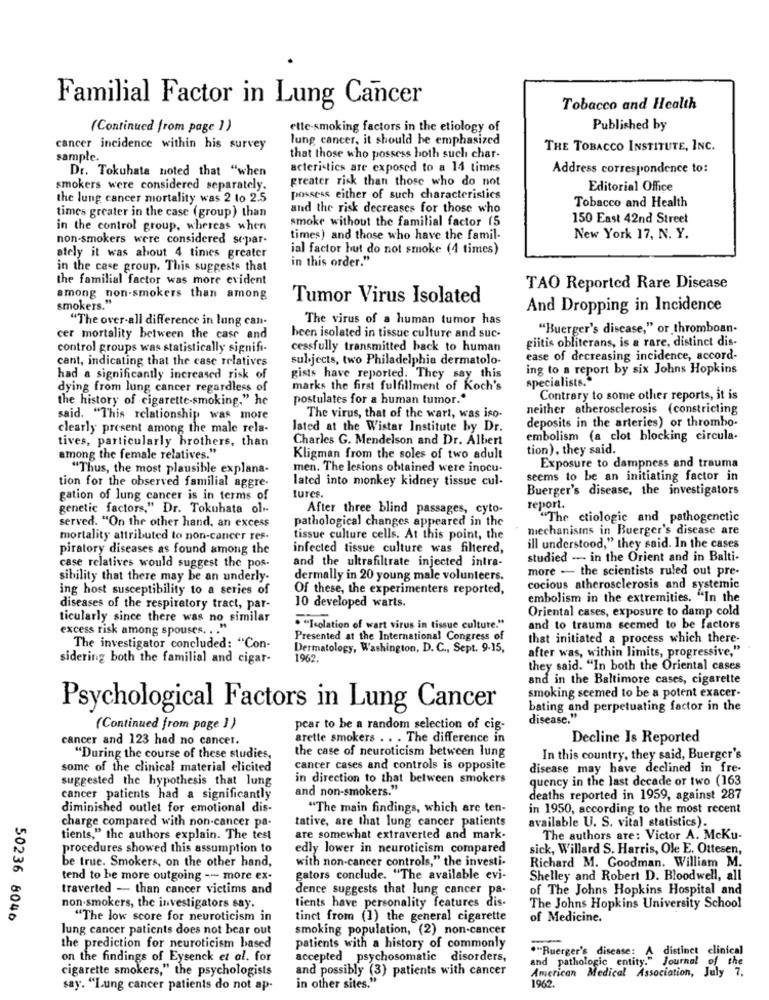
Familial Factor in Lung Cancer
Tobacco and Health
(Continued from page ] )
ette-smoking factors in the etiology of
Published by
lung cancer, it should be emphasized
cancer incidence within his survey
THE TOBACCO INSTITUTE, INC.
sample.
that those who possess both such char-
Dr. Tokuhata noted that "when
acteristics are exposed to a 14 times
Address correspondence to:
greater risk than those who do not
smokers were considered separately.
Editorial Office
the lung cancer mortality was 2 to 2.5
possess either of such characteristics
times greater in the case (group) than
and the risk decreases for those who
Tobacco and Health
smoke without the familial factor (5
150 East 42nd Street
in the control group, whereas when
non-smokers were considered separ-
times) and those who have the famil-
New York 17, N. Y.
ial factor hut do not smoke (4 times)
ately it was about 4 times greater
in this order."
in the case group. This suggests that
the familial factor was more evident
TAO Reported Rare Disease
among non-smokers than among
Tumor Virus Isolated
smokers."
And Dropping in Incidence
"The over-all difference in lung can-
The virus of a human tumor has
"Buerger's disease," or thromboan-
cer mortality between the case and
been isolated in tissue culture and suc-
giitis obliterans, is a rare, distinct dis-
control groups was statistically signifi-
cessfully transmitted back to human
cant, indicating that the case relatives
subjects, two Philadelphia dermatolo-
ease of decreasing incidence, accord-
ing to a report by six Johns Hopkins
had a significantly increased risk of
gists have reported. They say this
specialists."
dying from lung cancer regardless of
marks the first fulfillment of Koch's
the history of cigarette-smoking." he
postulates for a human tumor."
Contrary to some other reports, it is
neither atherosclerosis (constricting
said. "This relationship was more
The virus, that of the wart, was iso-
deposits in the arteries) or thrombo-
clearly present among the male rela-
lated at the Wistar Institute by Dr.
tives, particularly brothers, than
Charles G. Mendelson and Dr. Albert
embolism (a clot blocking circula-
tion), they said.
among the female relatives."
Kligman from the soles of two adult
"Thus, the most plausible explana-
men. The lesions obtained were inocu-
Exposure to dampness and trauma
lated into monkey kidney tissue cul-
seems to be an initiating factor in
tion for the observed familial aggre-
Buerger's disease, the investigators
gation of lung cancer is in terms of
tures.
genetic factors," Dr. Tokuhata ol --
After three blind passages, cyto-
report.
pathological changes appeared in the
"The ctiologic and pathogenetic
served. "On the other hand, an excess
mechanisms in Buerger's disease are
mortality attributed to non-cancer res-
tissue culture cells. At this point, the
piratory diseases as found among the
infected tissue culture was filtered,
ill understood," they said. In the cases
and the ultrafiltrate injected intra-
studied - in the Orient and in Balti-
case relatives would suggest the pos.
more - the scientists ruled out pre-
sibility that there may be an underly-
dermally in 20 young male volunteers.
ing host susceptibility to a series of
Of these, the experimenters reported,
cocious atherosclerosis and systemic
embolism in the extremities. "In the
diseases of the respiratory tract, par-
10 developed warts.
Oriental cases, exposure to damp cold
ticularly since there was no similar
excess risk among spouses. . . "
. "Isolation of wart virus in tissue culture."
and to trauma seemed to be factors
Presented at the International Congress of
that initiated a process which there-
The investigator concluded: "Con-
Dermatology, Washington, D. C ., Sept. 9-15,
after was, within limits, progressive,"
sidering both the familial and cigar-
1962.
they said. "In both the Oriental cases
and in the Baltimore cases, cigarette
smoking seemed to be a potent exacer-
Psychological Factors in Lung Cancer
bating and perpetuating factor in the
disease."
(Continued from page ] )
pear to be a random selection of cig-
cancer and 123 had no cancer.
arette smokers .. . The difference in
Decline Is Reported
the case of neuroticism between lung
"During the course of these studies,
In this country, they said, Buerger's
some of the clinical material elicited
cancer cases and controls is opposite
disease may have declined in fre-
suggested the hypothesis that lung
in direction to that between smokers
quency in the last decade or two (163
and non-smokers."
cancer patients had a significantly
deaths reported in 1959, against 287
diminished outlet for emotional dis-
"The main findings, which are ten-
in 1950, according to the most recent
tative, are that lung cancer patients
charge compared with non-cancer pa-
available U. S. vital statistics).
tients," the authors explain. The test
are somewhat extraverted and mark-
The authors are: Victor A. Mcku-
procedures showed this assumption to
edly lower in neuroticism compared
sick, Willard S. Harris, Ole E. Ottesen,
with non-cancer controls," the investi-
be true. Smokers, on the other hand,
Richard M. Goodman. William M.
tend to be more outgoing -- more ex-
gators conclude. "The available evi-
Shelley and Robert D. Bloodwell, all
traverted - than cancer victims and
dence suggests that lung cancer pa-
of The Johns Hopkins Hospital and
tients have personality features dis-
non-smokers, the investigators say.
The Johns Hopkins University School
50236 8046
"The low score for neuroticism in
tinct from (1) the general cigarette
of Medicine.
lung cancer patients does not bear out
smoking population, (2) non-cancer
the prediction for neuroticism based
patients with a history of commonly
."Buerger's disease: A distinct clinical
on the findings of Eysenck et al. for
accepted psychosomatic disorders,
and pathologic entity." Journal of the
cigarette smokers," the psychologists
and possibly (3) patients with cancer
1962.
American Medical Association, July 7.
say. "Lung cancer patients do not ap.
in other sites."